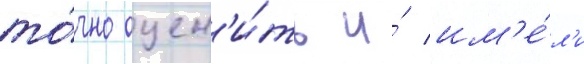
то́чно оцен'и́ть и́ им'е́л'и